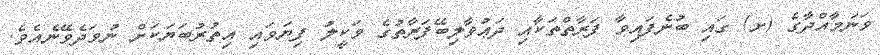
ވަނަމާއްދާގެ (ށ) ގައި ބުނެފައިވާ ފަރާތްތަކާއި ދަޢުވާލިބޭފަރާތުގެ ވަކީލު ފިޔަވައި އިތުރުބަޔަކަށް ނުވަދެވޭނެއެވެ.